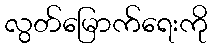
လွတ်မြောက်ရေးကို